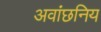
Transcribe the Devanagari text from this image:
अवांछनिय